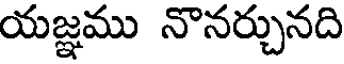
యజ్ఞము నొనర్చునది